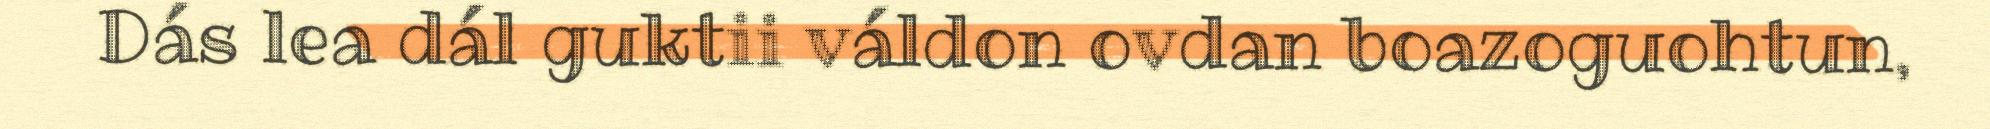
Dás lea dál guktii váldon ovdan boazoguohtun,